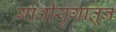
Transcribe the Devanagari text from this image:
गांधीयुगातून